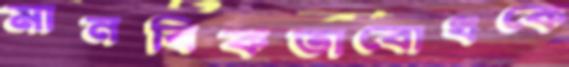
মানবিকতাবোধকে